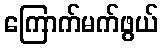
ကြောက်မက်ဖွယ်